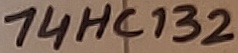
Text: 74HC132